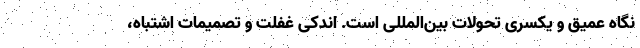
نگاه عمیق و یکسری تحولات بین‌المللی است. اندکی غفلت و تصمیمات اشتباه،